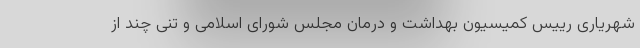
شهریاری رییس کمیسیون بهداشت و درمان مجلس شورای اسلامی و تنی چند از